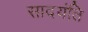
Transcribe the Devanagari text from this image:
सादयंति